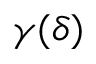
\gamma ( \delta )